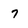
Character: 7